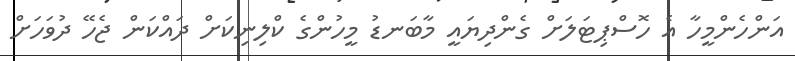
އަންހެންމީހާ އެ ހޮސްޕިޓަލަށް ގެންދިޔައީ މާބަނޑު މީހުންގެ ކްލިނިކަށް ދައްކަން ޖެހޭ ދުވަހަށް